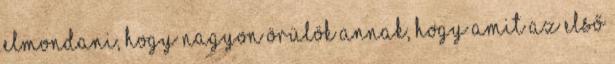
elmondani, hogy nagyon örülök annak, hogy amit az első